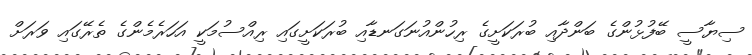
ސިޔާސީ ބޭފުޅުންގެ ބަންދާއި ބުރަކަށީގެ ރިހުންއުނަގަނޑާއި ބުރަކަށީގައި ރިއްސުމަކީ އަހަރެމެންގެ ތެރޭގައި ވަރަށް